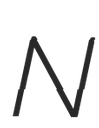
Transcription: N